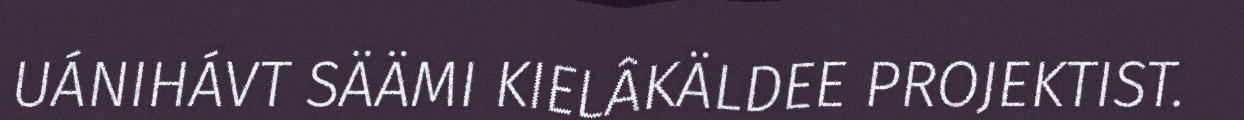
UÁNIHÁVT SÄÄMI KIELÂKÄLDEE PROJEKTIST.